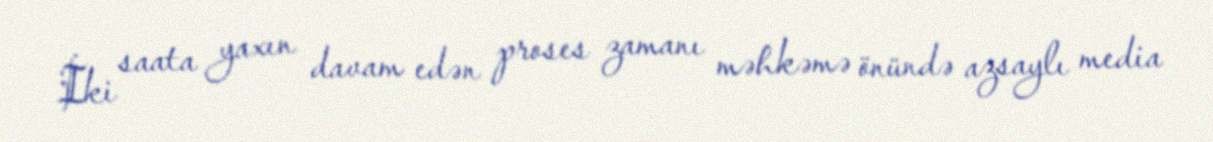
İki saata yaxın davam edən proses zamanı məhkəmə önündə azsaylı media